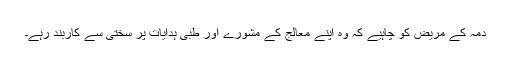
دمہ کے مریض کو چاہیے کہ وہ اپنے معالج کے مشورے اور طبی ہدایات پر سختی سے کاربند رہے۔